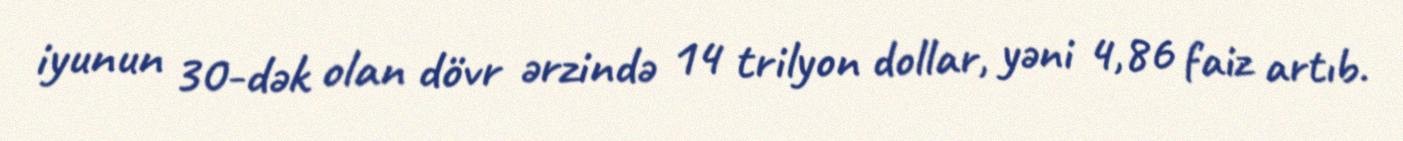
iyunun 30-dək olan dövr ərzində 14 trilyon dollar, yəni 4,86 faiz artıb.